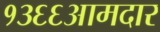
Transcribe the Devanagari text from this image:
१३६६आमदार